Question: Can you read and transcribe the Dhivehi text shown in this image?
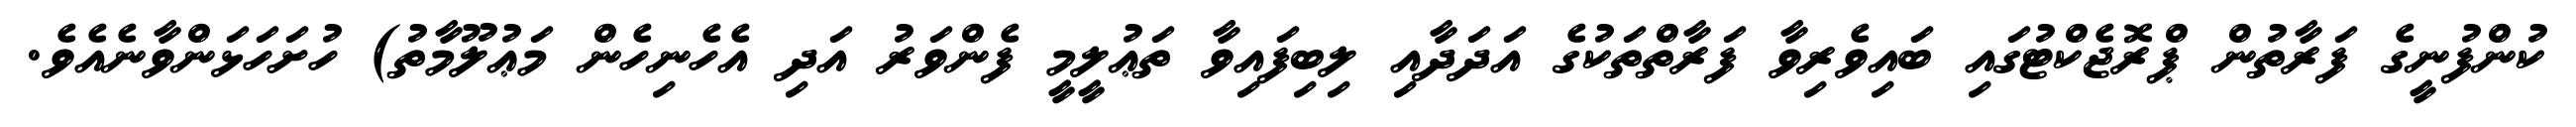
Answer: ކުންފުނީގެ ފަރާތުން ޕްރޮޖެކްޓުގައި ބައިވެރިވާ ފަރާތްތަކުގެ އަދަދާއި ލިބިފައިވާ ތަޢުލީމީ ފެންވަރު އަދި އެހެނިހެން މަޢުލޫމާތު) ހުށަހަޅަންވާނެއެވެ.